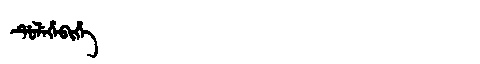
Manchu: ᡩᡠᠯᡝᡥᡝᠪᡳᡥᡝ
Romanization: DULEHEBIHE